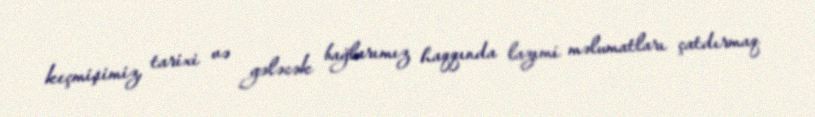
keçmişimiz, tarixi və gələcək bağlarımız haqqında lazımi məlumatları çatdırmaq